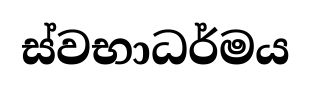
ස්වභාධර්මය